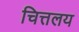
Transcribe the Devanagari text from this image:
चित्तलय